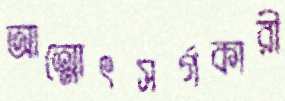
আত্মোৎসর্গকারী